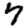
Digit: 7